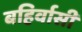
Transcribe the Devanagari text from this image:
बहिर्वासी